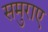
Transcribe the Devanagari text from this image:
समुराए